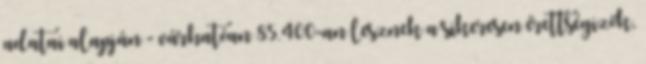
adatai alapján - várhatóan 85.400-an lesznek a sikeresen érettségizők,